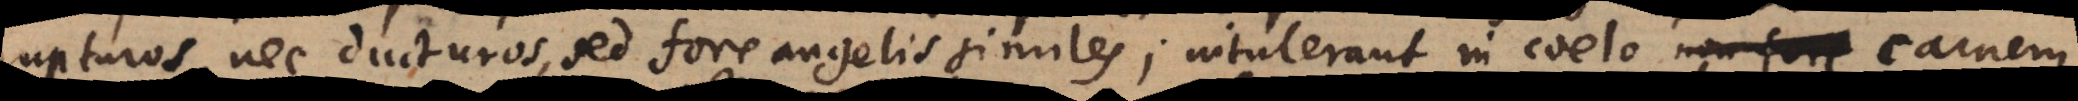
nupturos, nec ducturos, sed fore angelis similes; intulerant in coelo non fore